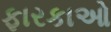
ફારકાઓ